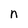
Character: n